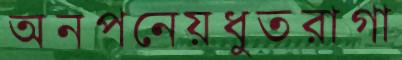
অনপনেয়ধুতরাগা